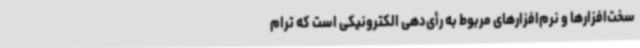
سخت‌افزارها و نرم‌افزارهای مربوط به رأی‌دهی الکترونیکی است که ترام